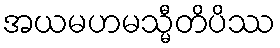
အယမဟမသ္မီတိပိဿ